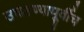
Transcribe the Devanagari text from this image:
उघडण्यापूर्वीच